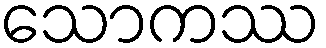
သောကဿ